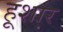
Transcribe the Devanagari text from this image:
हूशार